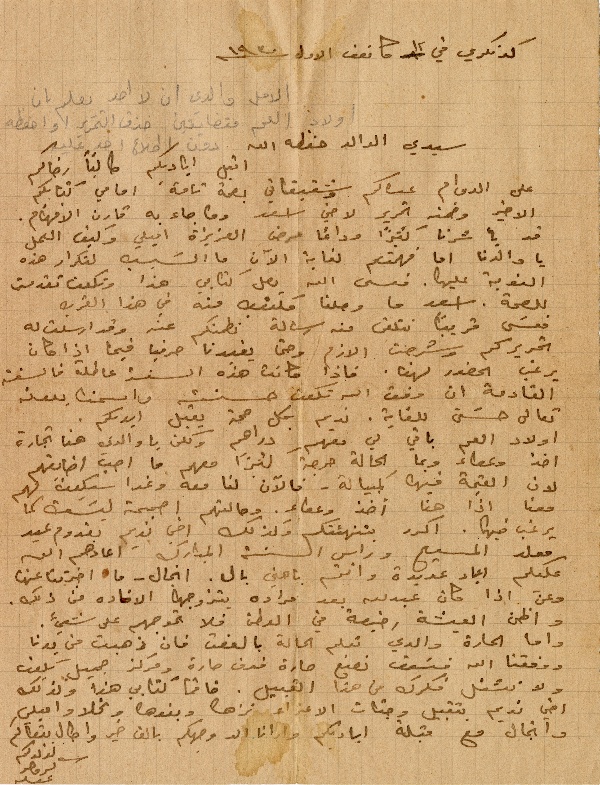
كونكري في ١٢ كانون الاول سنة ١٩٣٠
الامل والدي ان لا احد يعلم بان
اولاد العم متضايقين خزق التحرير او احفظه
سيدي الوالد حفظه الله
اقبل اياديكم طالباً رضاكم
على الدوام عساكم وشقيقاتي بصحة تامة امامي كتابكم
الاخير وضمنه تحرير لاخي اسعد وما جاء به قارن الافهام.
قد يأسُرنا كثيراً ودائماً مرض العزيزة اميلي وكيف العمل
يا والدنا اما فهمتم لغاية الآن ما السًبب لتكرار هذه
النوبة عليها. فعسى الله يصل كتابي هذا وتكون تقدمت
للصحة. اسعد ما وصلنا مكتوب منه في هذا القرب
فعسَى قريباً نتلقى منه رسالة نطمنكم عنه وقد ارسلت له
تحريركم وشرحت الازم وحتى يفيدنا حرفياً فيما اذا كان
يرغب الحضور لهنا. فاذا كانت هذه السنة عاطلة فالسنة
القادمة ان وفق الله تكون حسنت واسمنا بعونه
تعالى حسَن للغاية. نديم بكل صحة يقبل ايديكم.
اولاد العم باقي لي معهم دراهم ولكن يا والدي هذا تجارة
اخذ وعطاء ربما الحالة حرجة كثيراً معهم ما احبّ اضايقهم
لان القيمة فيها كمبيالة – فاللآن لنا معه وغدا سيكونَ لهم
معنا اذاً هذا أخذ وعطاء. وحالتهم اصبحت ليسَت كما
يرغب فيا. اكرر بتهنئتكم وكذلك اخي نديم بقدوم عيد
عليكم اعياد عديدة وانتم بأهنى بال. انجال – ما اخبرتنا عنها
وعن اذا كان عبدلله بعد مراده يتزوجها الافاده عن ذلك.
واظن العيشة رخيصة في الوطن فلا تحوجهم على شيء.
واما الحارة والدي تعلم الحالة بالوقت فان ذهبت من يدنا
ووفقنا الله فسَوف نصنع حارة فوق حارة ومركز جميل يكون
ولا تشغل فكرك من هذا القبيل. خاتماً كتابي هذا وكذلك
اخي نديم بتقبيل وجنات الاعزاء نزها وبنوها ونجلا واميلي
وانجال مع قبلة اياديكم وارانا الله وجهكم بالف خير واطال بقاكم
 حرر لولدكم كروجر
دون اطلاع احد عليه
مولد المسيح وراس السنة المبارك اعادهم الله